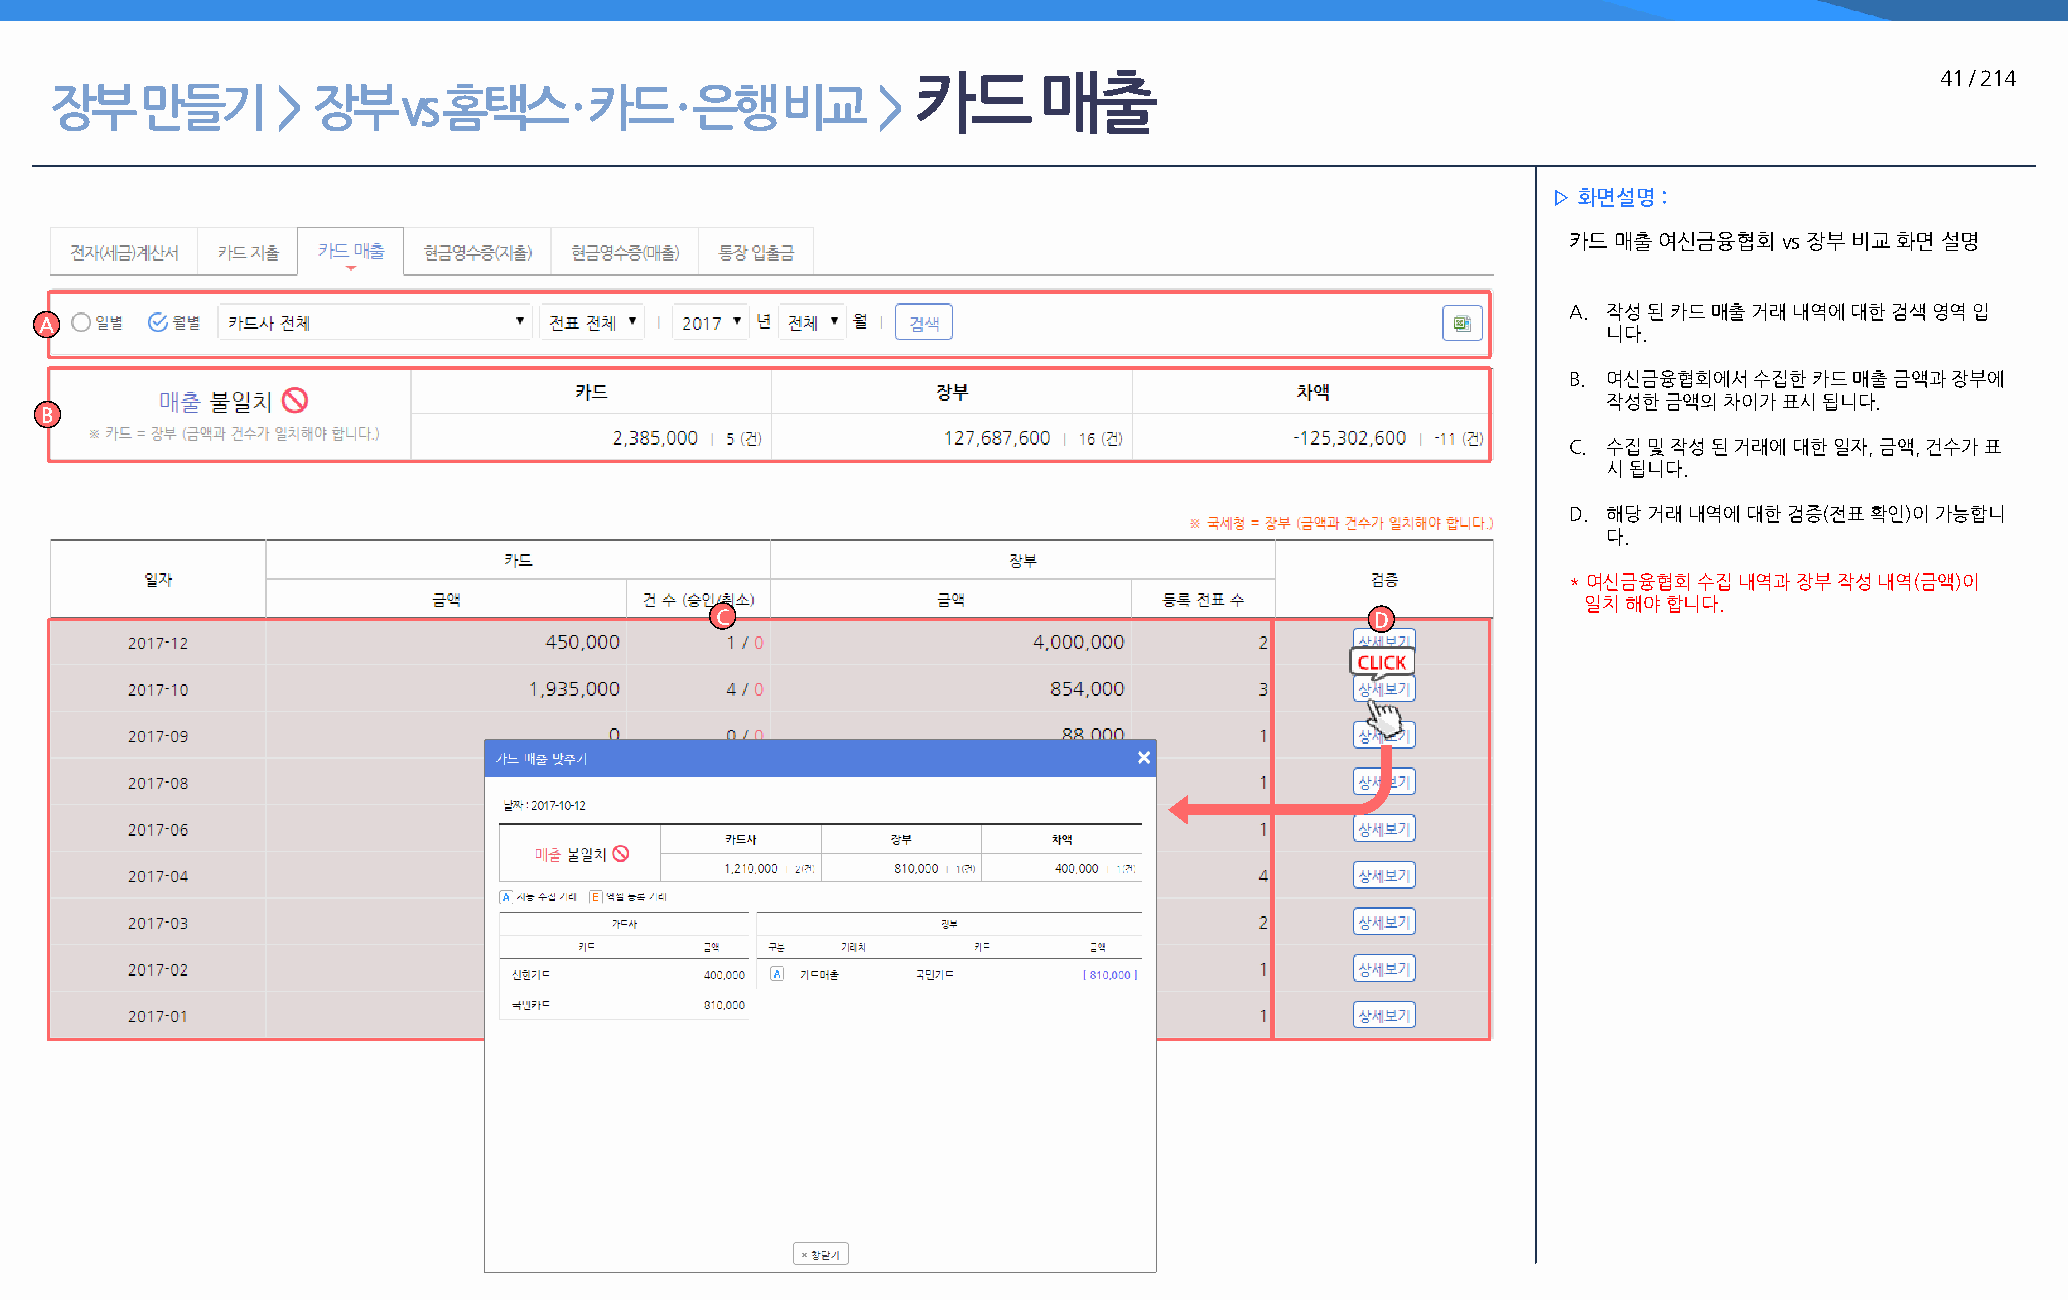
카드       매출                                                         41 / 214
 장부    만들기      >  장부    vs 홈택스     · 카드   · 은행   비교    >
 ▷ 화면설명 :
 카드 매출 여신금융협회  vs 장부 비교 화면 설명
 A. 작성 된 카드 매출 거래 내역에 대한 검색 영역 입
 A
 니다.
 B. 여신금융협회에서 수집한 카드 매출 금액과 장부에
 작성한 금액의 차이가 표시 됩니다.
 B
 C. 수집 및 작성 된 거래에 대한 일자, 금액, 건수가 표
 시 됩니다.
 D. 해당 거래 내역에 대한 검증(전표 확인)이 가능합니
 다.
 * 여신금융협회 수집 내역과 장부 작성 내역(금액)이
 일치 해야 합니다.
 C                                           D